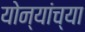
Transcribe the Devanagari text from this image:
योन्यांच्या